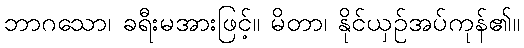
ဘာဂသော၊ ခရီးမအားဖြင့်။ မိတာ၊ နိုင်ယှဉ်အပ်ကုန်၏။